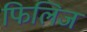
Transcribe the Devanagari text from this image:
फिलिज